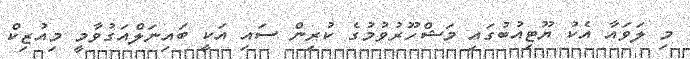
މި ލަވައާ އެކު ޔޫޓިއުބުގައި މަޝްހޫރުވުމުގެ ކުރިން ސައި އަކީ ބައިނަލްއަގުވާމީ މިއުޒިކް